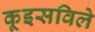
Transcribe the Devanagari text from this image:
कूइसविले